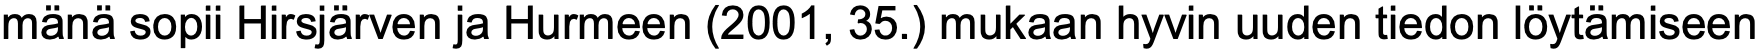
mänä sopii Hirsjärven ja Hurmeen (2001, 35.) mukaan hyvin uuden tiedon löytämiseen